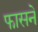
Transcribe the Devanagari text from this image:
फासने